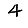
Digit: 4